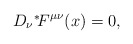
\begin{align*}D_\nu \mbox{\mbox{}$^*\!$} F^{\mu\nu}(x) = 0,\end{align*}